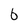
Character: 6